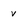
Character: v